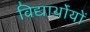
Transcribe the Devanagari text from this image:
विद्यार्थोयों